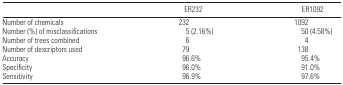
|  | ER232 | ER1092 |
 | --- | --- | --- |
 | Number of chemicals | 232 | 1092 |
 | Number (%) of misclassifications | 5 (2.16%) | 50 (4.58%) |
 | Number of trees combined | 6 | 4 |
 | Number of descriptors used | 79 | 138 |
 | Accuracy | 96.6% | 95.4% |
 | Specificity | 96.0% | 91.0% |
 | Sensitivity | 96.9% | 97.6% |